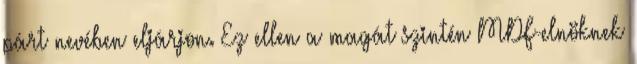
párt nevében eljárjon. Ez ellen a magát szintén MDF-elnöknek